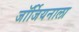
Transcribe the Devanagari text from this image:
जॉर्जियनाला